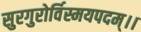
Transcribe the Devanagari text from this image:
सुरगुरोर्विस्मयपदम्।।